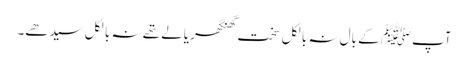
آپﷺ کے بال نہ بالکل سخت گھنگھریالے تھے نہ بالکل سیدھے۔